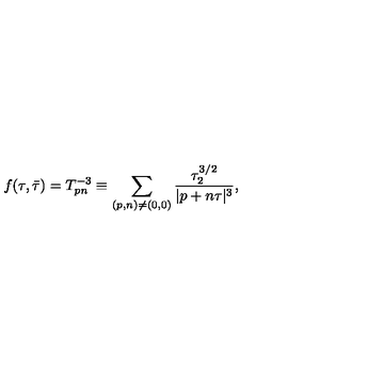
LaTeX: f ( \tau , \bar { \tau } ) = T _ { p n } ^ { - 3 } \equiv \sum _ { ( p , n ) \neq ( 0 , 0 ) } { \frac { \tau _ { 2 } ^ { 3 / 2 } } { | p + n \tau | ^ { 3 } } } ,